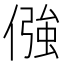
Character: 𠎦